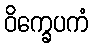
ဝိက္ခေပကံ